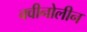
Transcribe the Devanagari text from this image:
क्वीनोलीन